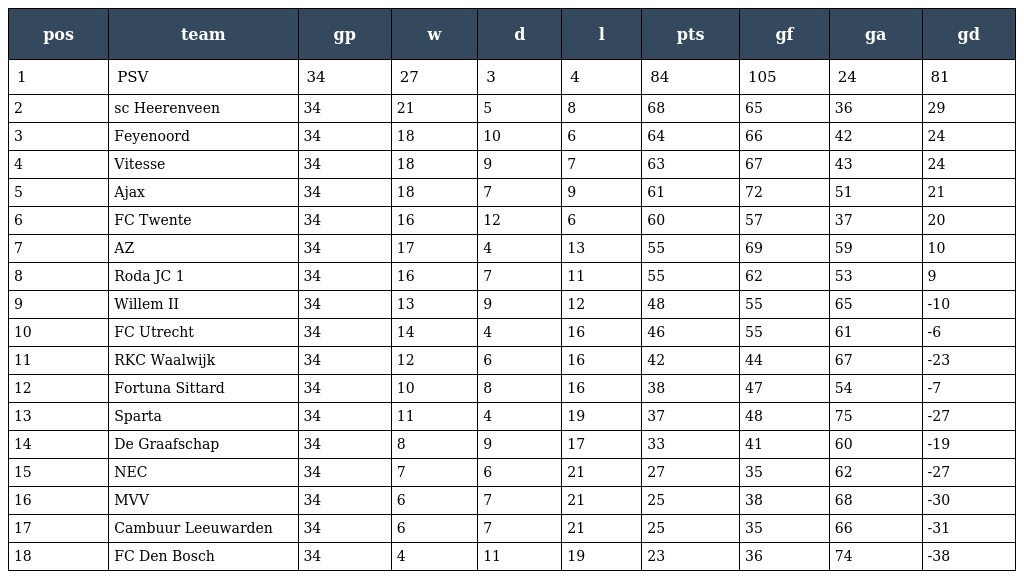
| pos | team | gp | w | d | l | pts | gf | ga | gd |
 | --- | --- | --- | --- | --- | --- | --- | --- | --- | --- |
 | 1 | PSV | 34 | 27 | 3 | 4 | 84 | 105 | 24 | 81 |
 | 2 | sc Heerenveen | 34 | 21 | 5 | 8 | 68 | 65 | 36 | 29 |
 | 3 | Feyenoord | 34 | 18 | 10 | 6 | 64 | 66 | 42 | 24 |
 | 4 | Vitesse | 34 | 18 | 9 | 7 | 63 | 67 | 43 | 24 |
 | 5 | Ajax | 34 | 18 | 7 | 9 | 61 | 72 | 51 | 21 |
 | 6 | FC Twente | 34 | 16 | 12 | 6 | 60 | 57 | 37 | 20 |
 | 7 | AZ | 34 | 17 | 4 | 13 | 55 | 69 | 59 | 10 |
 | 8 | Roda JC 1 | 34 | 16 | 7 | 11 | 55 | 62 | 53 | 9 |
 | 9 | Willem II | 34 | 13 | 9 | 12 | 48 | 55 | 65 | -10 |
 | 10 | FC Utrecht | 34 | 14 | 4 | 16 | 46 | 55 | 61 | -6 |
 | 11 | RKC Waalwijk | 34 | 12 | 6 | 16 | 42 | 44 | 67 | -23 |
 | 12 | Fortuna Sittard | 34 | 10 | 8 | 16 | 38 | 47 | 54 | -7 |
 | 13 | Sparta | 34 | 11 | 4 | 19 | 37 | 48 | 75 | -27 |
 | 14 | De Graafschap | 34 | 8 | 9 | 17 | 33 | 41 | 60 | -19 |
 | 15 | NEC | 34 | 7 | 6 | 21 | 27 | 35 | 62 | -27 |
 | 16 | MVV | 34 | 6 | 7 | 21 | 25 | 38 | 68 | -30 |
 | 17 | Cambuur Leeuwarden | 34 | 6 | 7 | 21 | 25 | 35 | 66 | -31 |
 | 18 | FC Den Bosch | 34 | 4 | 11 | 19 | 23 | 36 | 74 | -38 |